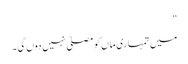
”
میں تمہاری ماں کو مصلیٰ نہیں دوں گی ۔